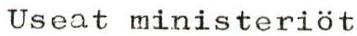
Useat ministeriöt